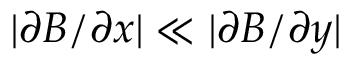
| \partial B / \partial x | \ll | \partial B / \partial y |